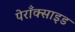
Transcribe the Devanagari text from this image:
पेराँक्साइड